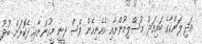
އަދި ލަންކާގެ ބައިމަދު މުސްލިމުންނާއި އެހެނިހެން ވެސް ދީނީ މީހުންނާއި ދެކޮޅަށް ބުދު